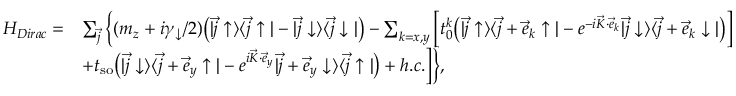
\begin{array} { r l } { H _ { D i r a c } = } & { \sum _ { \vec { j } } \Big \{ ( m _ { z } + i \gamma _ { \downarrow } / 2 ) \bigr ( | \vec { j } \uparrow \rangle \langle \vec { j } \uparrow | - | \vec { j } \downarrow \rangle \langle \vec { j } \downarrow | \bigr ) - \sum _ { k = x , y } \Big [ t _ { 0 } ^ { k } \bigr ( | \vec { j } \uparrow \rangle \langle \vec { j } + \vec { e } _ { k } \uparrow | - e ^ { - i \vec { K } \cdot \vec { e } _ { k } } | \vec { j } \downarrow \rangle \langle \vec { j } + \vec { e } _ { k } \downarrow | \bigr ) \Big ] } \\ & { + t _ { \mathrm { s o } } \bigr ( | \vec { j } \downarrow \rangle \langle \vec { j } + \vec { e } _ { y } \uparrow | - e ^ { i \vec { K } \cdot \vec { e } _ { y } } | \vec { j } + \vec { e } _ { y } \downarrow \rangle \langle \vec { j } \uparrow | \bigr ) + h . c . \Big ] \Big \} , } \end{array}